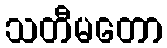
သတီမတော